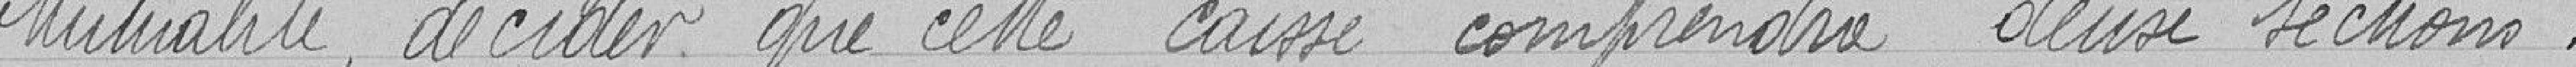
Mutualité, décider que cette caisse comprendra deux sections.